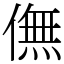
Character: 㒇